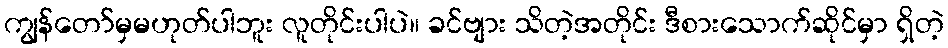
ကျွန်တော်မှမဟုတ်ပါဘူး လူတိုင်းပါပဲ။ ခင်ဗျား သိတဲ့အတိုင်း ဒီစားသောက်ဆိုင်မှာ ရှိတဲ့